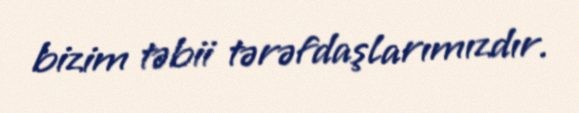
bizim təbii tərəfdaşlarımızdır.